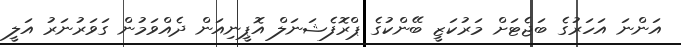
އަންނަ އަހަރުގެ ބަޖެޓަށް މަރުކަޒީ ބޭންކުގެ ޕްރޮފެޝަނަލް އޮޕީނިއަން ދެއްވަމުން ގަވަރުނަރު އަލީ